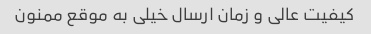
کیفیت عالی و زمان ارسال خیلی به موقع ممنون